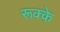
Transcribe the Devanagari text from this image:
रूक्‍के